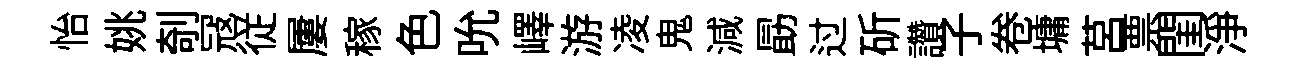
怡姚剞冦従屢稼色吮嶧游凌鬼減勗过斫讚子卷墉莒票閨淨